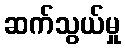
ဆက်သွယ်မှု